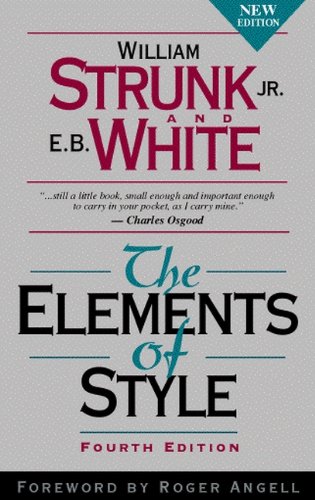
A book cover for The Elements of Style, Fourth Edition; William Strunk Jr.; Medical Books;